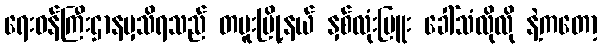
ရေးဝန်ကြီးဌာနမှသိရသည် တမူးမြို့နယ် နှစ်လုံးပြူး ခေါ်သံလိုလို နဲ့ကတော့